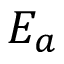
E _ { a }